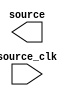

module Sp_1 (
	source,
	source_clk);	

	output	[0:0]	source;
	input		source_clk;
endmodule